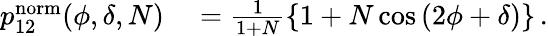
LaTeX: \begin{array}{rl}{p_{12}^{\mathrm{norm}}(\phi,\delta,N)}&{{}=\frac{1}{1+N}\left\{ 1+N\cos\left(2\phi+\delta\right)\right\} \, .}\end{array}